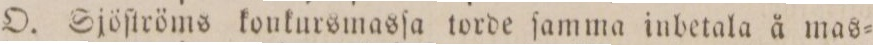
O. Sjöſtröms konkursmasſa torde ſamma inbetala å mas=